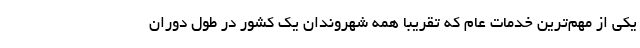
یکی از مهم‌ترین خدمات عام که تقریباً همه شهروندان یک کشور در طول دوران